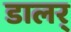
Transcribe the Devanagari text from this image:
डालर्